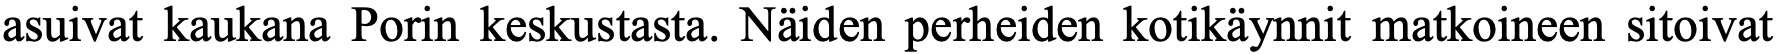
asuivat kaukana Porin keskustasta. Näiden perheiden kotikäynnit matkoineen sitoivat